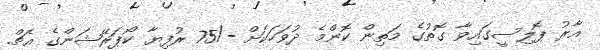
އާރު ޕޮލިސީގައިވާ ގޮތުގެ މަތިން ކޮންމެ ދުވަހަކަށް -/75 ރުފިޔާ ކޯޕަރޭޝަންގެ އެޗް.